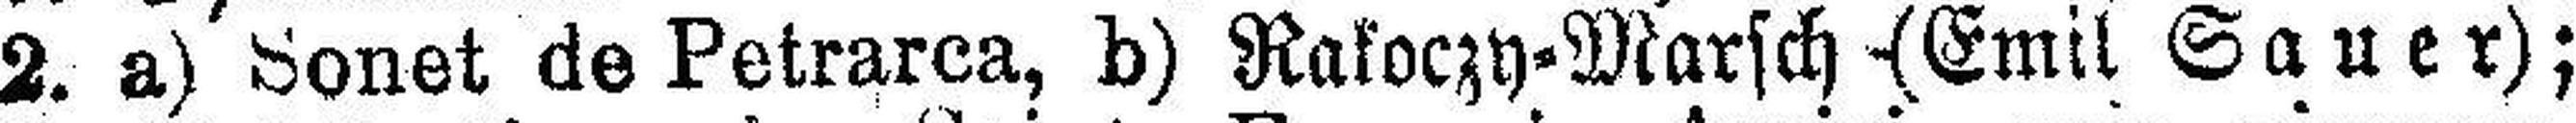
2. a) Sonet de Petrarca, b) Ratoczy-Marsch (Emil Sauer);